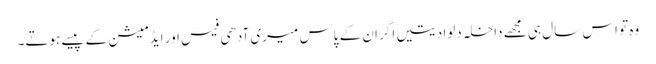
وہ تو اس سال ہی مجھے داخلہ دلوا دیتیں اگر ان کے پاس میری آدھی فیس اور ایڈمیشن کے پیسے ہوتے۔